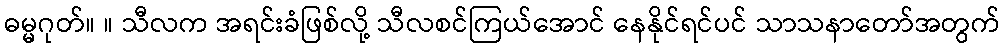
ဓမ္မဂုတ်။ ။ သီလက အရင်းခံဖြစ်လို့ သီလစင်ကြယ်အောင် နေနိုင်ရင်ပင် သာသနာတော်အတွက်